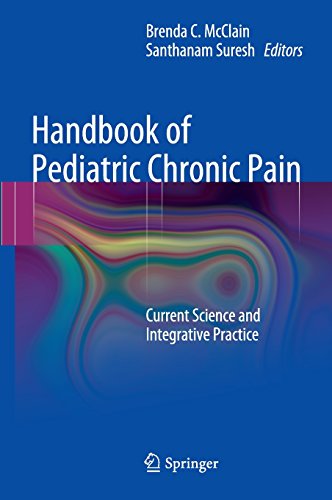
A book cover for Handbook of Pediatric Chronic Pain: Current Science and Integrative Practice (Perspectives on Pain in Psychology); Health, Fitness & Dieting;